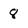
Character: 8